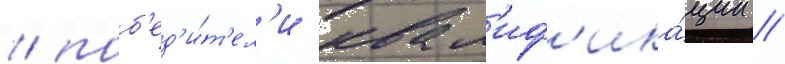
/ поб'ед'и́т'ел'и квал'иф'ика́ции //